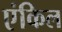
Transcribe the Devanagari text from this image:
एंकिल